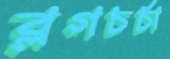
ব্লগচর্চা